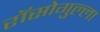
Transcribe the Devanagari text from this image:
रॉसोगुल्ला